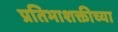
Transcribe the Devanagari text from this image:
प्रतिभाशक्तीच्या